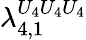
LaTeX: \lambda_{4,1}^{U_{4}U_{4}U_{4}}